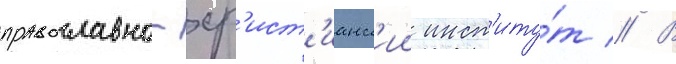
православно-хр'ист'ианск'ии инст'иту́т // В